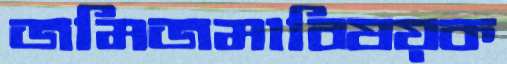
জমিজমাবিষয়ক